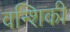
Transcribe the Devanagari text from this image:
वन्शिकी